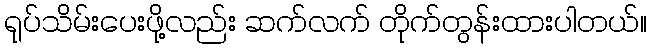
ရုပ်သိမ်းပေးဖို့လည်း ဆက်လက် တိုက်တွန်းထားပါတယ်။